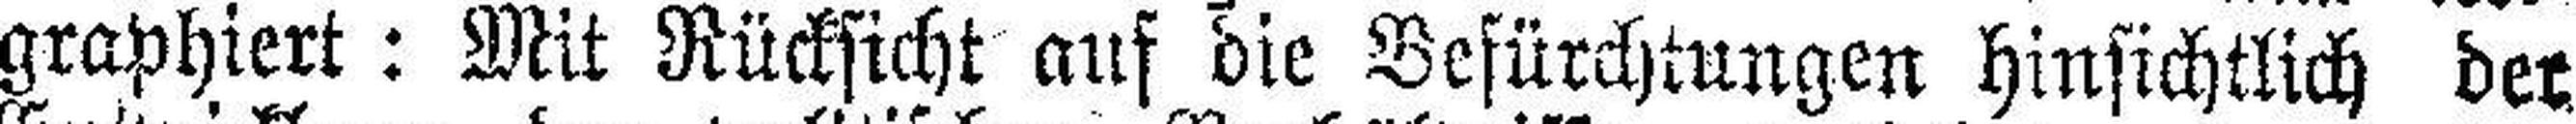
graphiert: Mit Rücksicht auf die Befürchtungen hinsichtlich der